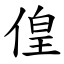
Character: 偟